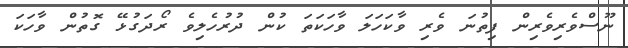
ނޫސްވެރިވެރިން ފިތުނަ ވެރި ވާކަހަލަ ވާހަކަތަ ކުން ދުރުހެލިވެ ރޯދަގުޅޭ ގޮތުން ވާހަކަ